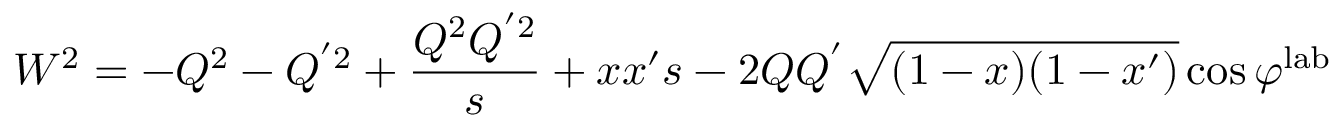
W ^ { 2 } = - Q ^ { 2 } - Q ^ { ' 2 } + \frac { Q ^ { 2 } Q ^ { ' 2 } } { s } + x x ^ { \prime } s - 2 Q Q ^ { ' } \sqrt { ( 1 - x ) ( 1 - x ^ { \prime } ) } \cos \varphi ^ { \mathrm { l a b } }